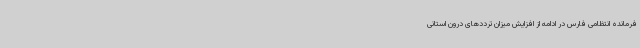
فرمانده انتظامی فارس در ادامه از افزایش میزان ترددهای درون استانی